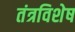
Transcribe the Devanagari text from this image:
तंत्रविशेष